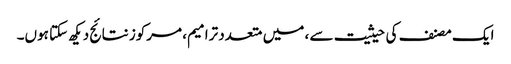
ایک مصنف کی حیثیت سے ، میں متعدد ترامیم ، مرکوز نتائج دیکھ سکتا ہوں۔